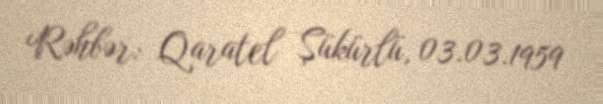
Rəhbər: Qaratel Şükürlü, 03.03.1959